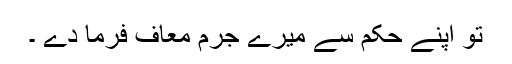
تو اپنے حکم سے میرے جرم معاف فرما دے ۔